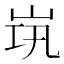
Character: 𱛞